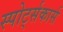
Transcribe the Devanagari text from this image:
स्पोर्ट्सकार्स